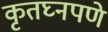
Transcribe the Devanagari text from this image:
कृतघ्नपणे